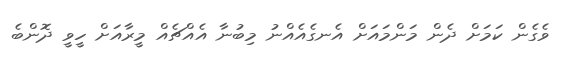
ވެގެން ކަމަށް ދެން މަންމައަށް އެނގެއެއްނު މިބުނާ އެއްޗެއް މީރާއަށް ހީވީ ދޮންބެ